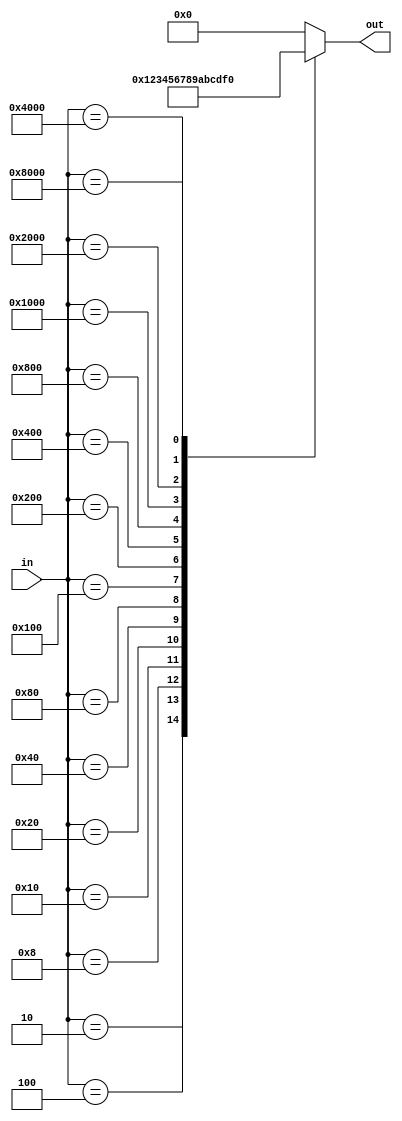
`timescale 1ns / 1ps

module encoder16 (
    input   wire [15:0]  in,
    output  reg  [3 :0]  out
);
    always @(*) begin
        case (in)
        16'b0000_0000_0000_0000: out = 4'd0; 
        16'b0000_0000_0000_0010: out = 4'd1; 
        16'b0000_0000_0000_0100: out = 4'd2; 
        16'b0000_0000_0000_1000: out = 4'd3; 
        16'b0000_0000_0001_0000: out = 4'd4; 
        16'b0000_0000_0010_0000: out = 4'd5; 
        16'b0000_0000_0100_0000: out = 4'd6; 
        16'b0000_0000_1000_0000: out = 4'd7; 
        16'b0000_0001_0000_0000: out = 4'd8; 
        16'b0000_0010_0000_0000: out = 4'd9; 
        16'b0000_0100_0000_0000: out = 4'd10; 
        16'b0000_1000_0000_0000: out = 4'd11; 
        16'b0001_0000_0000_0000: out = 4'd12; 
        16'b0010_0000_0000_0000: out = 4'd13; 
        16'b0100_0000_0000_0000: out = 4'd14; 
        16'b1000_0000_0000_0000: out = 4'd15; 
        default: out = 4'd0;     
        endcase
    end
endmodule